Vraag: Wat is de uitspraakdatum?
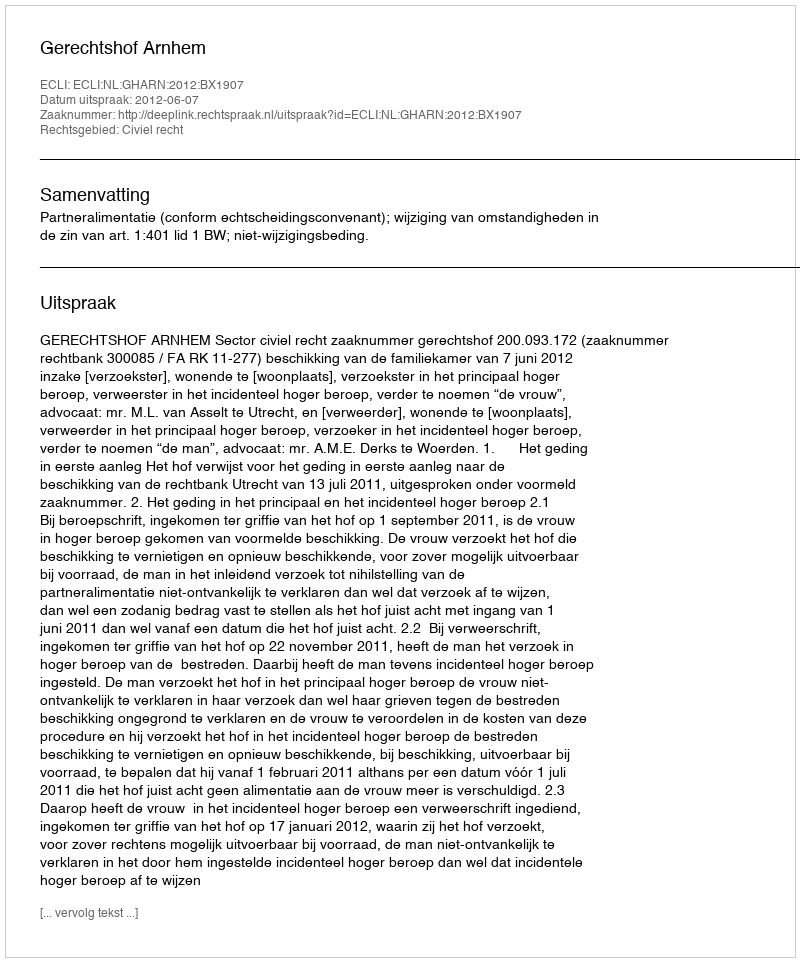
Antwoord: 2012-06-07